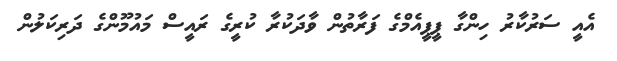
އެއީ ސަރުކާރު ހިންގާ ޕީޕީއެމްގެ ފަރާތުން ވާދަކުރާ ކުރީގެ ރައީސް މައުމޫންގެ ދަރިކަލުން